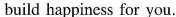
build happiness for you.